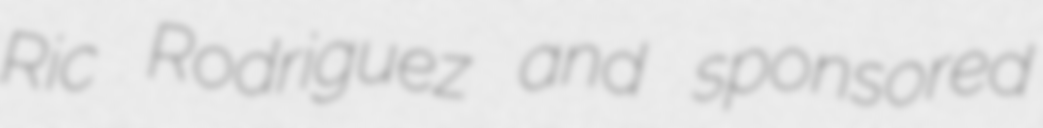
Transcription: Ric Rodriguez and sponsored